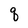
Character: q